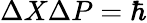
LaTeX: \Delta X\Delta P=\hbar